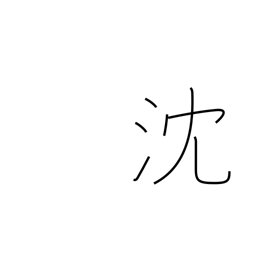
Meaning: be depressed